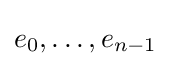
e_{0},\dots ,e_{n-1}